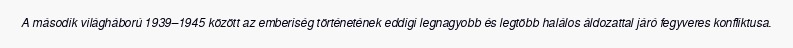
A második világháború 1939–1945 között az emberiség történetének eddigi legnagyobb és legtöbb halálos áldozattal járó fegyveres konfliktusa.